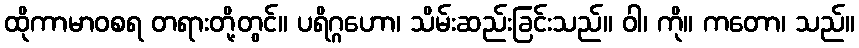
ထိုကာမာဝစရ တရားတို့တွင်။ ပရိဂ္ဂဟော၊ သိမ်းဆည်းခြင်းသည်။ ဝါ၊ ကို။ ကတော၊ သည်။